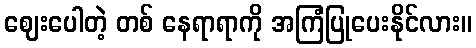
ဈေးပေါတဲ့ တစ် နေရာရာကို အကြံပြုပေးနိုင်လား။